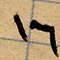
١٦